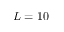
L = 1 0